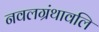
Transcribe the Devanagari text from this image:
नवलग्रंथावलि